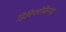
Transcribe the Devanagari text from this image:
हिमिग्लोबिनच्या